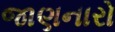
જાણનારો